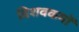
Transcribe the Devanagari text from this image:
विशवकमॉ